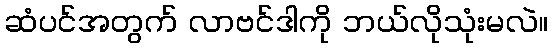
ဆံပင်အတွက် လာဗင်ဒါကို ဘယ်လိုသုံးမလဲ။